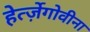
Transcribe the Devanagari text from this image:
हेर्त्ज़ेगोवीना